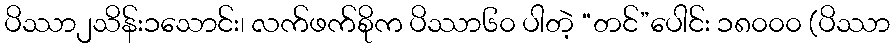
ပိဿာ၂သိန်း၁သောင်း၊ လက်ဖက်စိုက ပိဿာ၆၀ ပါတဲ့ “တင်”ပေါင်း ၁၈၀၀၀ (ပိဿာ